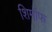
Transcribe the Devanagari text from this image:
शिमॉफ